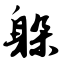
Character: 躲